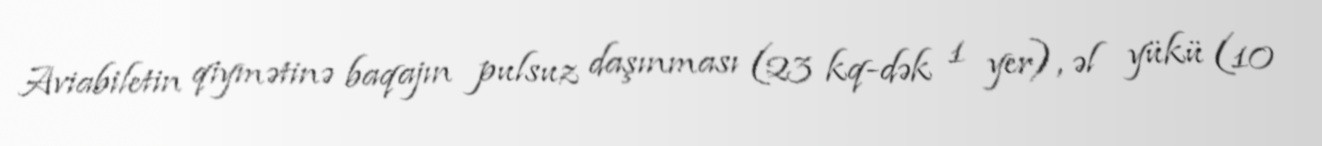
Aviabiletin qiymətinə baqajın pulsuz daşınması (23 kq-dək 1 yer), əl yükü (10